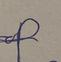
Signature authenticity: genuine